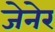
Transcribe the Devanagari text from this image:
जेनेर